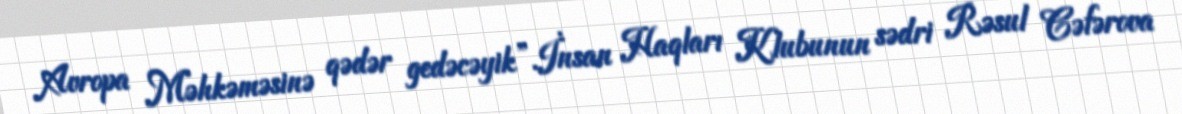
Avropa Məhkəməsinə qədər gedəcəyik”.İnsan Haqları Klubunun sədri Rəsul Cəfərova